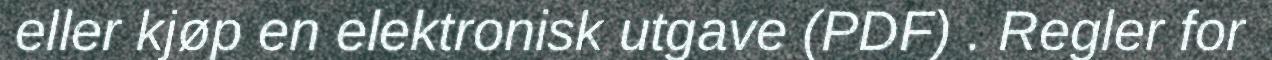
eller kjøp en elektronisk utgave (PDF) . Regler for